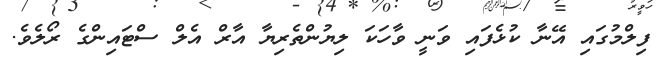
ފިލްމުގައި އޭނާ ކުޅެފައި ވަނީ ވާހަކަ ލިޔުންތެރިޔާ އާރް އެލް ސްޓައިންގެ ރޯލެވެ.